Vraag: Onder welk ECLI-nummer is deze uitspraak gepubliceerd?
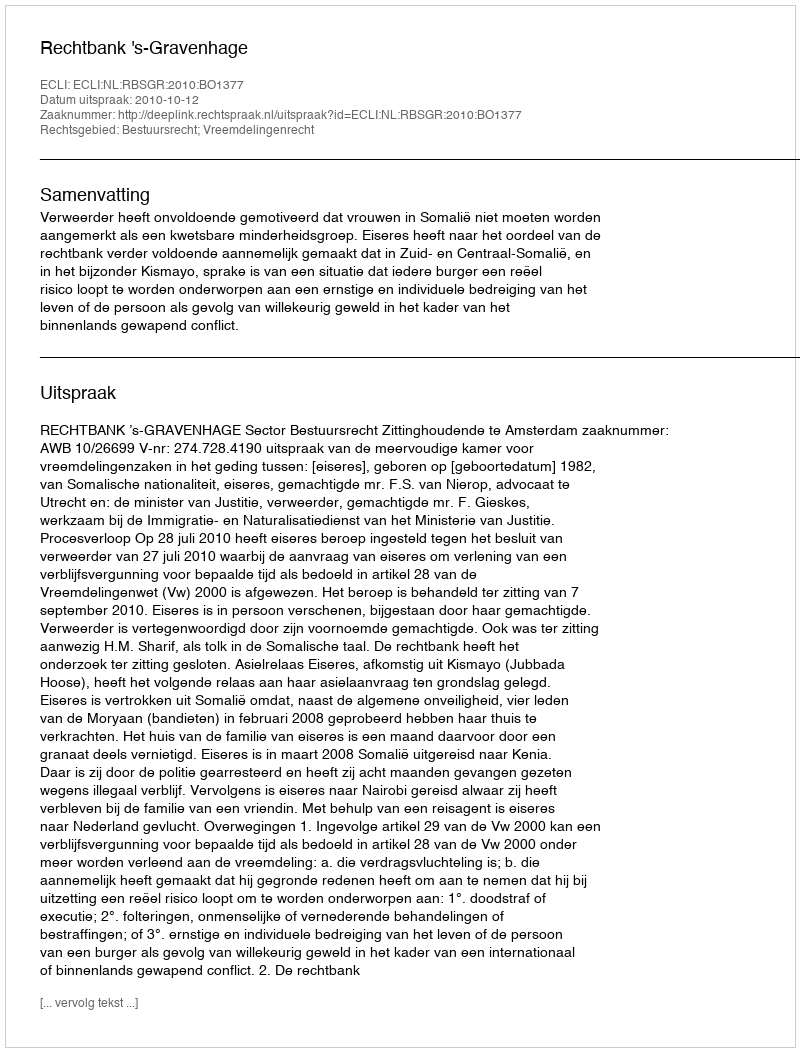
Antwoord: ECLI:NL:RBSGR:2010:BO1377